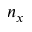
n _ { x }